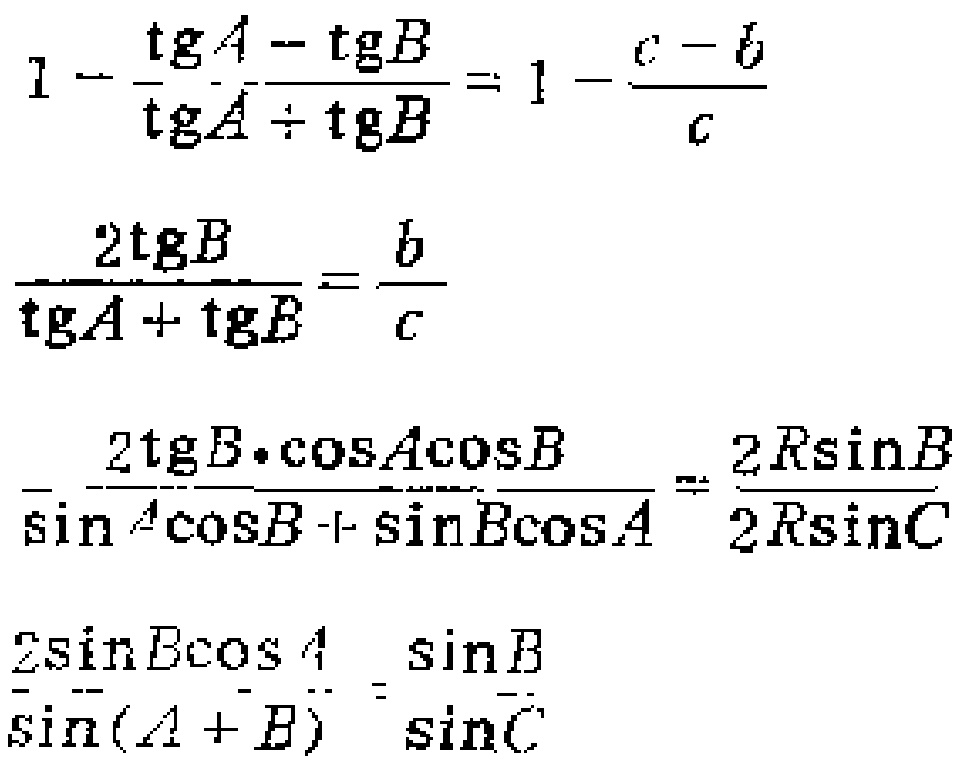
\[

\begin{align*}

1 - \frac{\tg A - \tg B}{\tg A + \tg B}&= 1 - \frac{c - b}{c}\\

\frac{2\tg B}{\tg A + \tg B}&= \frac{b}{c}\\

\frac{2\tg B\cdot\cos A\cos B}{\sin A\cos B + \sin B\cos A}&= \frac{2R\sin B}{2R\sin C}\\

\frac{2\sin B\cos A}{\sin(A + B)}&= \frac{\sin B}{\sin C}

\end{align*}

\]